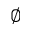
\varnothing